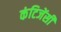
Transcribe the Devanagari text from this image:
कंटिजेंसी